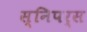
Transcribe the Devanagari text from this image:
स्निपर्स